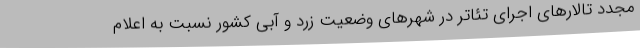
مجدد تالارهای اجرای تئاتر در شهرهای وضعیت زرد و آبی کشور نسبت به اعلام